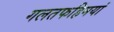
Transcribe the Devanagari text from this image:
गलतफहिमयां